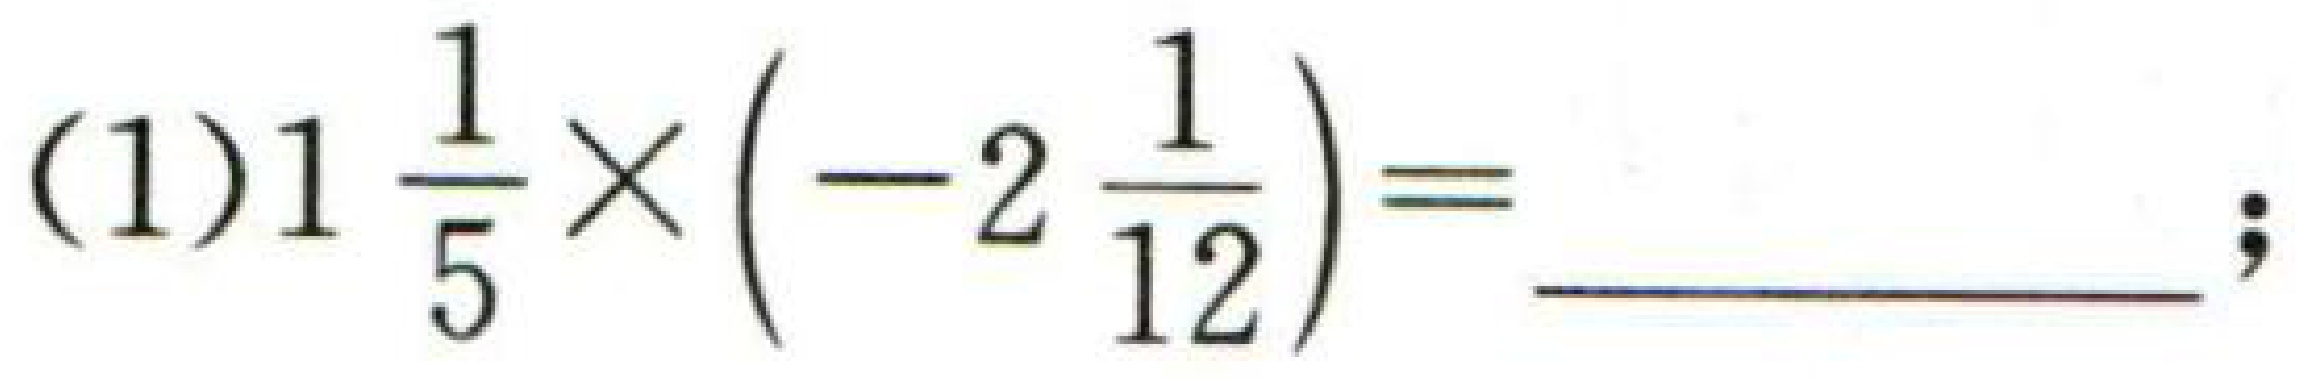
\((1)1\frac{1}{5}\times\left(-2\frac{1}{12}\right)=\underline{\ \ \ \ \ \ \ \ \ \ \ \ \ };\)